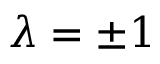
\lambda = \pm 1